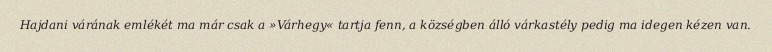
Hajdani várának emlékét ma már csak a »Várhegy« tartja fenn, a községben álló várkastély pedig ma idegen kézen van.